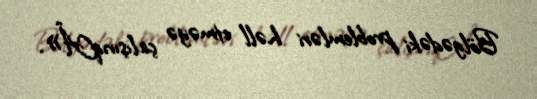
Bölgədəki problemləri həll etməyə çalışırıqÂ».